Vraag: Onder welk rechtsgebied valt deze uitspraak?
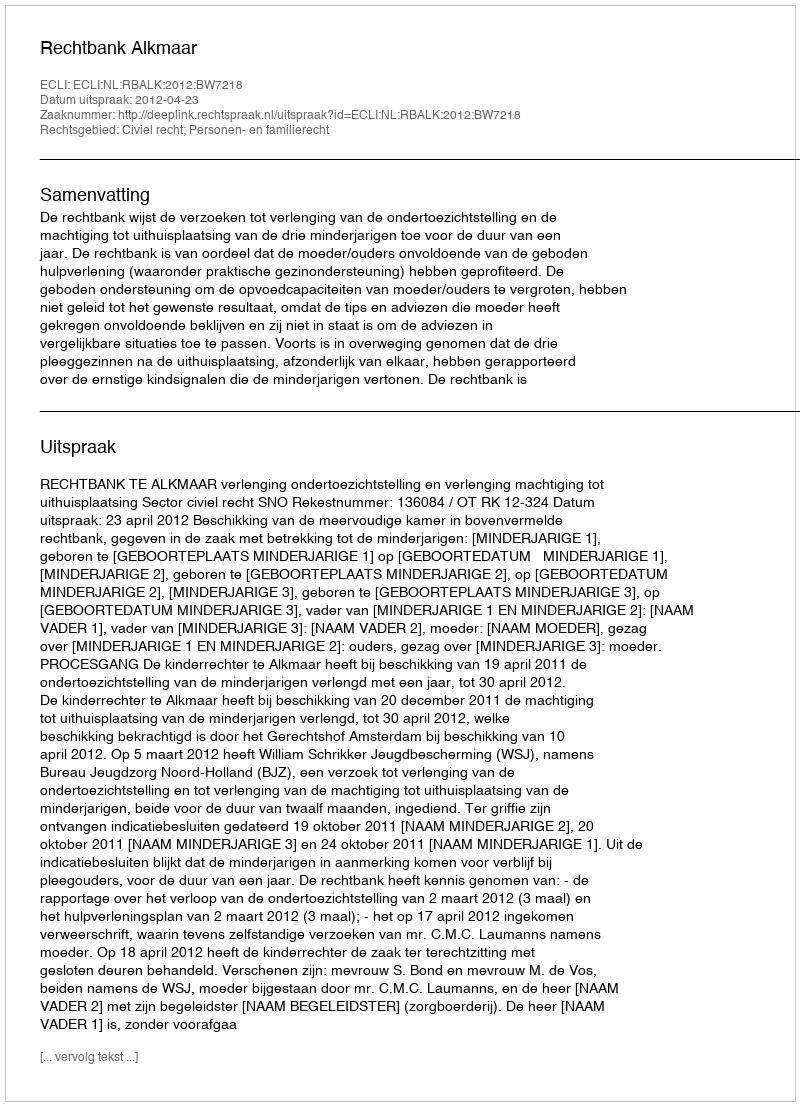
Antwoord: Civiel recht; Personen- en familierecht